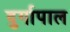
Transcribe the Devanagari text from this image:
दुर्गापाल